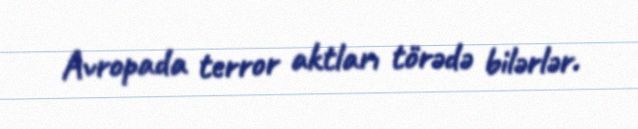
Avropada terror aktları törədə bilərlər.